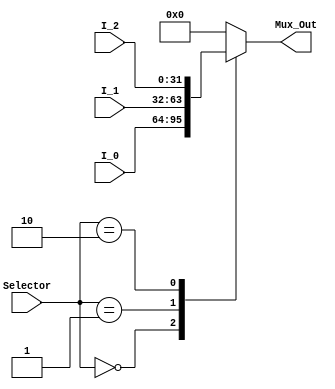
module Mux3x1
#
(
	parameter DATA_WIDTH = 32
)
(
	input			[1:0]					Selector,
	input			[DATA_WIDTH-1:0]	I_0,
	input			[DATA_WIDTH-1:0]	I_1,
	input			[DATA_WIDTH-1:0]	I_2,
	
	output reg 	[DATA_WIDTH-1:0]	Mux_Out
);

	always@(*) begin
		case (Selector)
			0	:	Mux_Out = I_0;
			1	:	Mux_Out = I_1;
			2	:	Mux_Out = I_2;
			default: Mux_Out = 31'b0;
		endcase	
	end	
endmodule